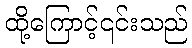
ထို့ကြောင့်၎င်းသည်